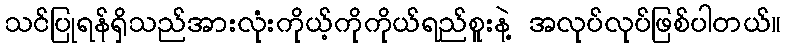
သင်ပြုရန်ရှိသည်အားလုံးကိုယ့်ကိုကိုယ်ရည်စူးနဲ့ အလုပ်လုပ်ဖြစ်ပါတယ်။